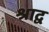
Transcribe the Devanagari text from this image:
श्राद्व